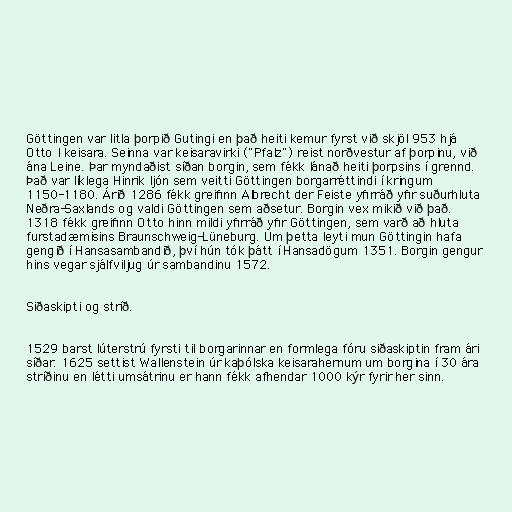
Göttingen var litla þorpið Gutingi en það heiti kemur fyrst við skjöl 953 hjá
Otto I keisara. Seinna var keisaravirki ("Pfalz") reist norðvestur af þorpinu, við
ána Leine. Þar myndaðist síðan borgin, sem fékk lánað heiti þorpsins í grennd.
Það var líklega Hinrik ljón sem veitti Göttingen borgarréttindi í kringum
1150-1180. Árið 1286 fékk greifinn Albrecht der Feiste yfirráð yfir suðurhluta
Neðra-Saxlands og valdi Göttingen sem aðsetur. Borgin vex mikið við það.
1318 fékk greifinn Otto hinn mildi yfirráð yfir Göttingen, sem varð að hluta
furstadæmisins Braunschweig-Lüneburg. Um þetta leyti mun Göttingin hafa
gengið í Hansasambandið, því hún tók þátt í Hansadögum 1351. Borgin gengur
hins vegar sjálfviljug úr sambandinu 1572.

Siðaskipti og stríð.

1529 barst lúterstrú fyrsti til borgarinnar en formlega fóru siðaskiptin fram ári
síðar. 1625 settist Wallenstein úr kaþólska keisarahernum um borgina í 30 ára
stríðinu en létti umsátrinu er hann fékk afhendar 1000 kýr fyrir her sinn.